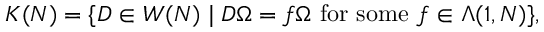
K ( N ) = \lbrace D \in W ( N ) \mid D \Omega = f \Omega \mathrm { ~ f o r ~ s o m e ~ } f \in \Lambda ( 1 , N ) \rbrace ,